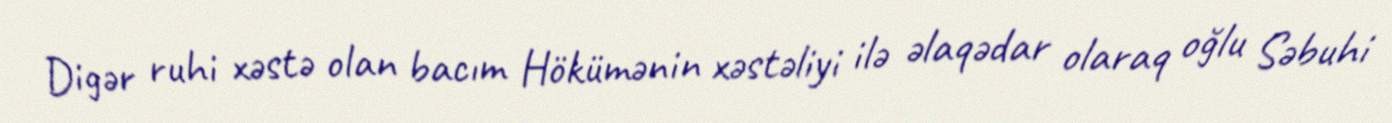
Digər ruhi xəstə olan bacım Hökümənin xəstəliyi ilə əlaqədar olaraq oğlu Səbuhi